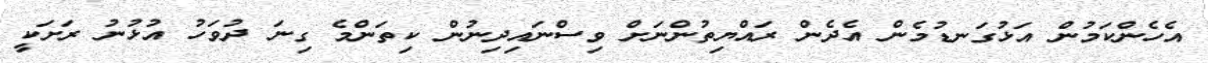
އެހެންކަމުން އަޅުގަނޑުމެން އެދެން ރައްޔިތުންނަށް ވިސްނައިދިނުން ކިތަންމެ ގިނަ ދުވަހު އުޅުނު ރަށަކީ